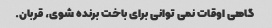
گاهی اوقات نمی توانی برای باخت برنده شوی، قربان.